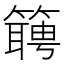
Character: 𬕴